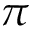
\pi